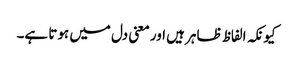
کیونکہ الفاظ ظاہر ہیں اور معنی دل میں ہوتا ہے۔